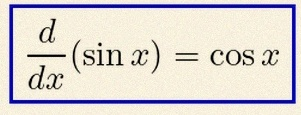
\frac{d}{dx}(\sin x)=\cos x